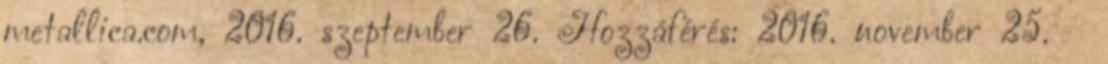
metallica.com, 2016. szeptember 26. Hozzáférés: 2016. november 25. ↑